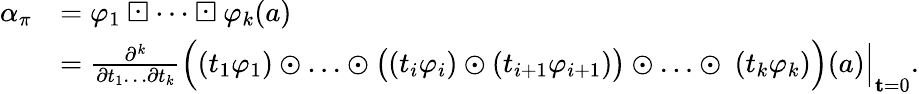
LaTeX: \begin{array}{rl}{\alpha_{\pi}}&{=\varphi_{1}\boxdot\cdots\boxdot\varphi_{k}(a)}\\ &{=\left.\frac{\partial^{k}}{\partial t_{1}\ldots\partial t_{k}}\Bigl((t_{1}\varphi_{1})\odot\ldots\odot\bigl((t_{i}\varphi_{i})\odot(t_{i+1}\varphi_{i+1})\bigr)\odot\ldots\odot\ (t_{k}\varphi_{k})\Bigr)(a)\right\vert_{\mathbf t=0}.}\end{array}